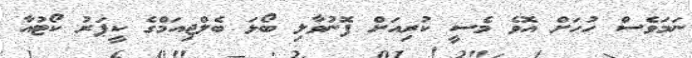
ނަމަވެސް ހުހަށް އޮވެ މެސީ ކުރިއަށް ފޮނުވާލި ބޯޅަ ބެލްޖިއަމްގެ ކީޕަރު ކޯޓުއާ